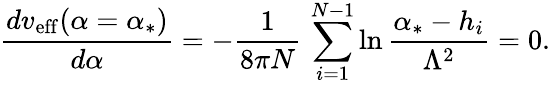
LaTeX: {\frac{dv_{\mathrm{eff}}(\alpha=\alpha_{*})}{d\alpha}}=-{\frac{1}{8\pi N}}\, \sum_{i=1}^{N-1}\ln{\frac{\alpha_{*}-h_{i}}{\Lambda^{2}}}=0.